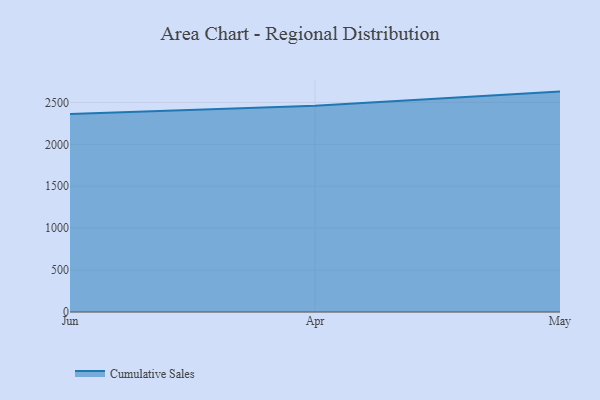
{"axis": {"x": "Month", "y": "Gross Profit (USD K)"}, "legend": ["Cumulative Sales"], "data": [{"x": "Jun", "y": 2361.5, "type": "Cumulative Sales"}, {"x": "Apr", "y": 2460.8, "type": "Cumulative Sales"}, {"x": "May", "y": 2629.5, "type": "Cumulative Sales"}]}